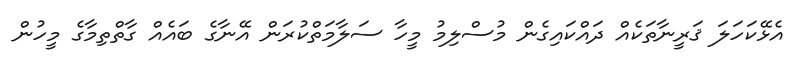
އެޅޭކަހަލަ ޤަރީނާތަކެއް ދައްކައިގެން މުސްލިމު މީހާ ސަލާމަތްކުރަން އޭނާގެ ބައެއް ގާތްތިމާގެ މީހުން